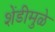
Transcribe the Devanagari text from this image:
शेंडीमुळे